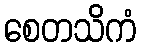
စေတသိကံ